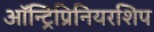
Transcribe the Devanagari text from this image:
ऑन्ट्रिप्रिनियरशिप